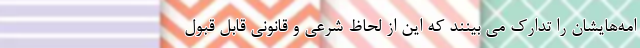
امه‌هایشان را تدارک می بینند که این از لحاظ شرعی و قانونی قابل قبول